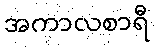
အကာလစာရီ